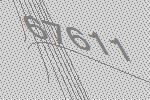
67611